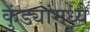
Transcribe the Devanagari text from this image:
कुंड्यांमध्ये